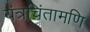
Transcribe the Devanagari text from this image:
यंत्रचिंतामणि